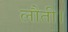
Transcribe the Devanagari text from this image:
लौती।